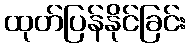
ထုတ်ပြန်နိုင်ခြင်း